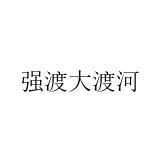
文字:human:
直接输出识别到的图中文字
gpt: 强渡大渡河